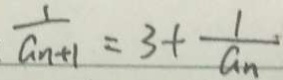
\frac { 1 } { a _ { n + 1 } } = 3 + \frac { 1 } { a _ { n } }